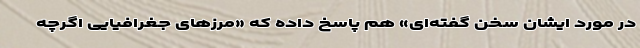
در مورد ایشان سخن گفته‌ای» هم پاسخ داده که «مرز‌های جغرافیایی اگرچه